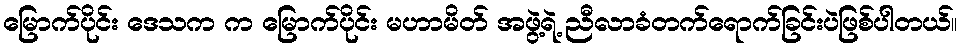
မြောက်ပိုင်း ဒေသက က မြောက်ပိုင်း မဟာမိတ် အဖွဲ့ရဲ့ ညီလာခံတက်ရောက်ခြင်းပဲဖြစ်ပါတယ်။